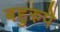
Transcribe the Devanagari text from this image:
बहुरुपे